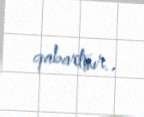
qabartmır..